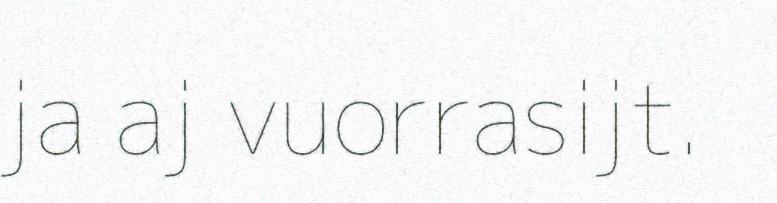
ja aj vuorrasijt.